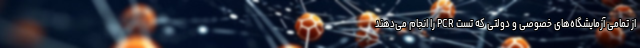
از تمامی آزمایشگاه‌های خصوصی و دولتی که تست PCR را انجام می‌دهند